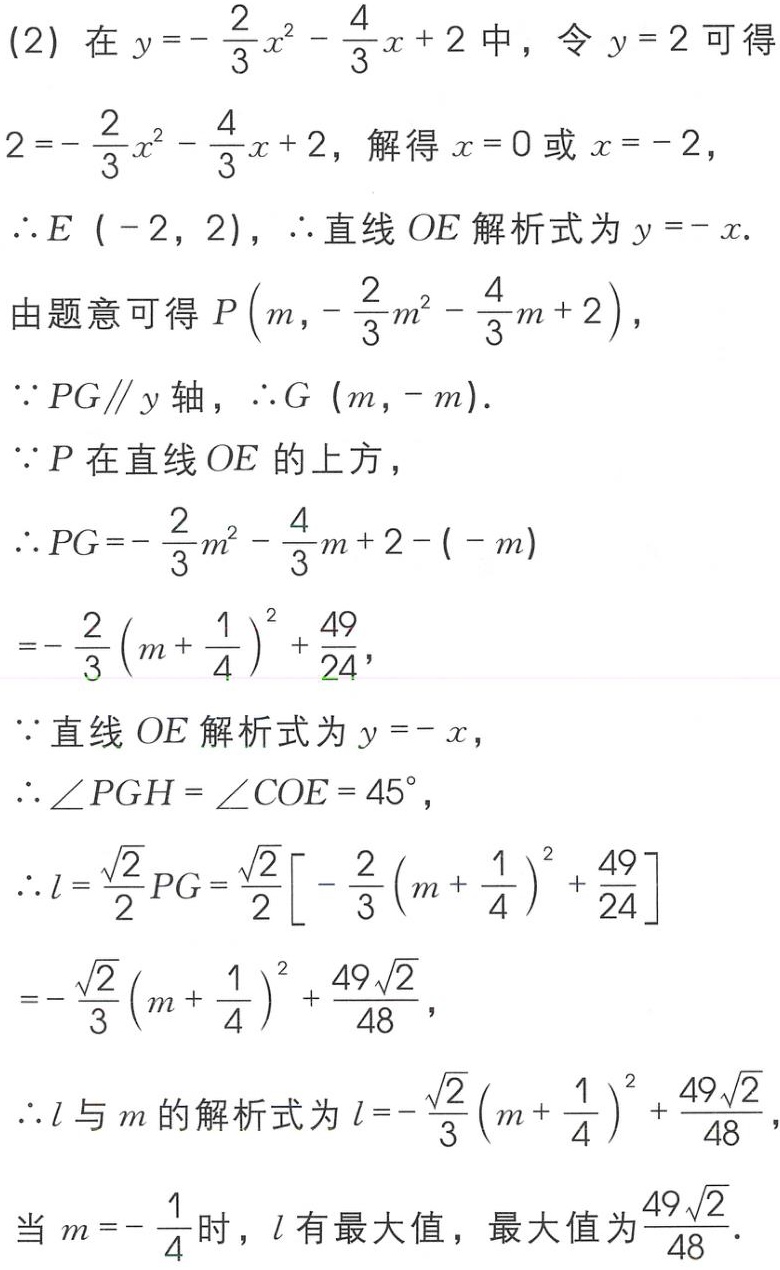
(2) 在 \(y = -\frac{2}{3}x^{2}-\frac{4}{3}x + 2\) 中，令 \(y = 2\) 可得
\(2=-\frac{2}{3}x^{2}-\frac{4}{3}x + 2\)，解得 \(x = 0\) 或 \(x=-2\)，
\(\therefore E(-2,2)\)，\(\therefore\) 直线 \(OE\) 解析式为 \(y = -x\).
由题意可得 \(P\left(m,-\frac{2}{3}m^{2}-\frac{4}{3}m + 2\right)\)，
\(\because PG\parallel y\) 轴，\(\therefore G(m,-m)\).
\(\because P\) 在直线 \(OE\) 的上方，
\(\therefore PG=-\frac{2}{3}m^{2}-\frac{4}{3}m + 2-(-m)\)
\(=-\frac{2}{3}\left(m+\frac{1}{4}\right)^{2}+\frac{49}{24}\)，
\(\because\) 直线 \(OE\) 解析式为 \(y = -x\)，
\(\therefore \angle PGH=\angle COE = 45^{\circ}\)，
\(\therefore l=\frac{\sqrt{2}}{2}PG=\frac{\sqrt{2}}{2}\left[-\frac{2}{3}\left(m+\frac{1}{4}\right)^{2}+\frac{49}{24}\right]\)
\(=-\frac{\sqrt{2}}{3}\left(m+\frac{1}{4}\right)^{2}+\frac{49\sqrt{2}}{48}\)，
\(\therefore l\) 与 \(m\) 的解析式为 \(l = -\frac{\sqrt{2}}{3}\left(m+\frac{1}{4}\right)^{2}+\frac{49\sqrt{2}}{48}\)，
当 \(m = -\frac{1}{4}\) 时，\(l\) 有最大值，最大值为 \(\frac{49\sqrt{2}}{48}\).